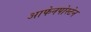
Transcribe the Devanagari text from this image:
आफेनपोस्टेन